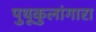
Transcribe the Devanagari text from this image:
पुथूकुलांगारा